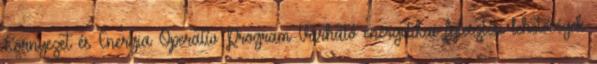
Környezet és Energia Operatív Program Várható energetikai fejlesztési lehetőségek